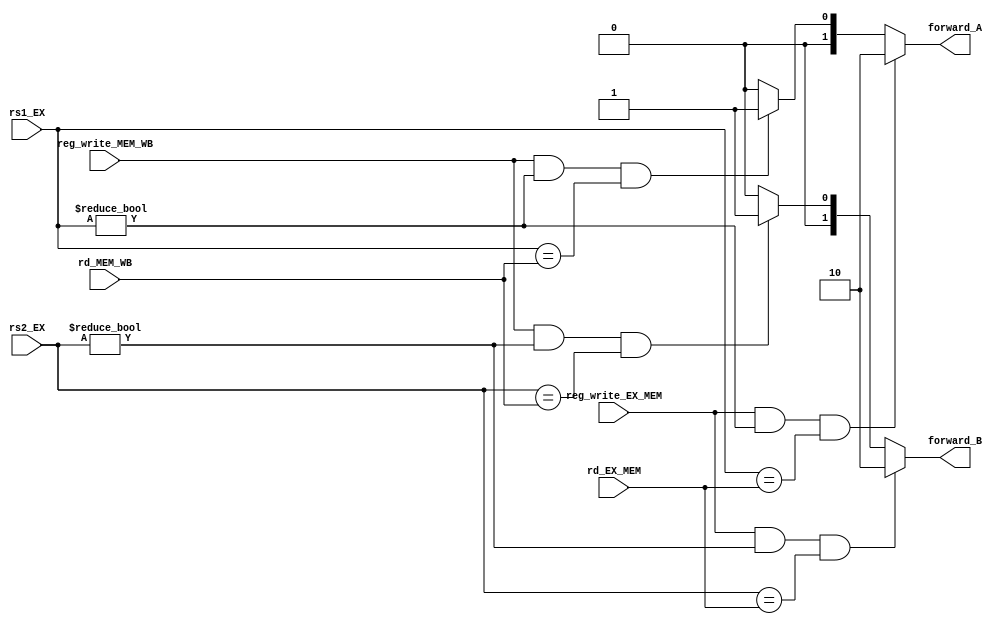
module forwardingUnit(
  input[4:0]rs1_EX,
  input[4:0]rs2_EX,
  input[4:0]rd_EX_MEM,
  input[4:0]rd_MEM_WB,
  input reg_write_EX_MEM,
  input reg_write_MEM_WB,
  output reg[1:0]forward_A,
  output reg[1:0]forward_B);

always @(*)begin
    //forward_A
    if(reg_write_EX_MEM && (rs1_EX!=0)&&(rs1_EX==rd_EX_MEM)) forward_A = 2'b10;
    else if (reg_write_MEM_WB && (rs1_EX!=0)&&(rs1_EX==rd_MEM_WB)) forward_A = 2'b01;
    else forward_A = 2'b00;
    //forward_B
    if(reg_write_EX_MEM && (rs2_EX!=0)&&(rs2_EX==rd_EX_MEM)) forward_B = 2'b10;
    else if (reg_write_MEM_WB && (rs2_EX!=0)&&(rs2_EX==rd_MEM_WB)) forward_B = 2'b01;
    else forward_B = 2'b00;
    
end



endmodule